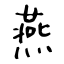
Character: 燕